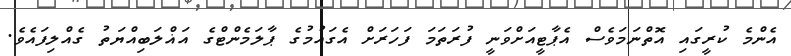
އެންމެ ކުރީގައި އޮތްނަމަވެސް އެޕާޓީއަށްވަނީ ފުރަތަމަ ފަހަރަށް އެގައުމުގެ ޕާލަމެންޓްގެ އަޣްލަބިއްޔަތު ގެއްލިފައެވެ.